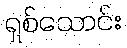
ရှစ်သောင်း